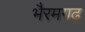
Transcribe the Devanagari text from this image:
भैरमगढ़